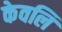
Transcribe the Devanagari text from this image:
केवलि